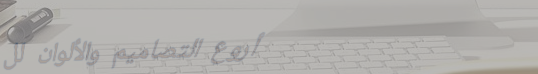
أروع التصاميم والألوان لل